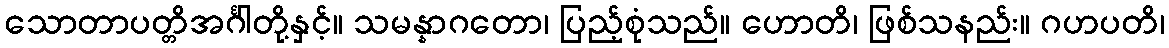
သောတာပတ္တိအင်္ဂါတို့နှင့်။ သမန္နာဂတော၊ ပြည့်စုံသည်။ ဟောတိ၊ ဖြစ်သနည်း။ ဂဟပတိ၊